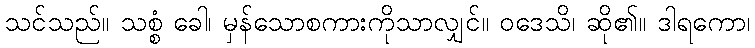
သင်သည်။ သစ္စံ ခေါ၊ မှန်သောစကားကိုသာလျှင်။ ဝဒေသိ၊ ဆို၏။ ဒါရကော၊